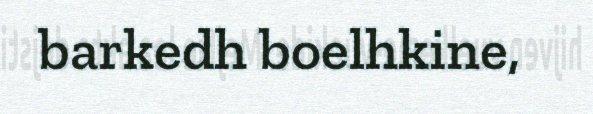
barkedh boelhkine,